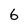
Character: 6